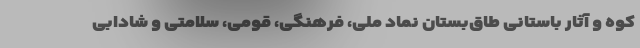
کوه و آثار باستانی طاق‌بستان نماد ملی، فرهنگی، قومی، سلامتی و شادابی